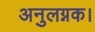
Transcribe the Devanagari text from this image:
अनुलग्नक।